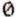
0